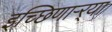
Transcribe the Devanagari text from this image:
इच्छिणाऱ्र्‍या